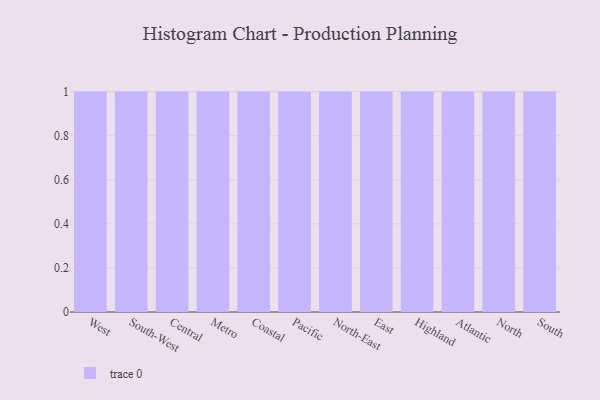
{"axis": {"x": "Region", "y": "Budget (USD K)"}, "legend": [""], "data": [{"x": "West", "y": 65, "type": ""}, {"x": "South-West", "y": 98, "type": ""}, {"x": "Central", "y": 98, "type": ""}, {"x": "Metro", "y": 65, "type": ""}, {"x": "Coastal", "y": 15, "type": ""}, {"x": "Pacific", "y": 66, "type": ""}, {"x": "North-East", "y": 15, "type": ""}, {"x": "East", "y": 15, "type": ""}, {"x": "Highland", "y": 87, "type": ""}, {"x": "Atlantic", "y": 18, "type": ""}, {"x": "North", "y": 63, "type": ""}, {"x": "South", "y": 63, "type": ""}]}